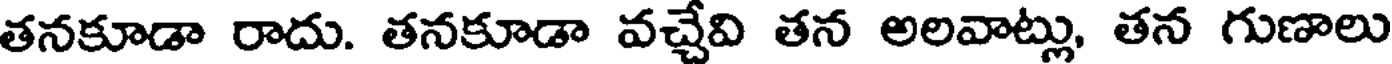
తనకూడా రాదు. తనకూడా వచ్చేవి తన అలవాట్లు, తన గుణాలు